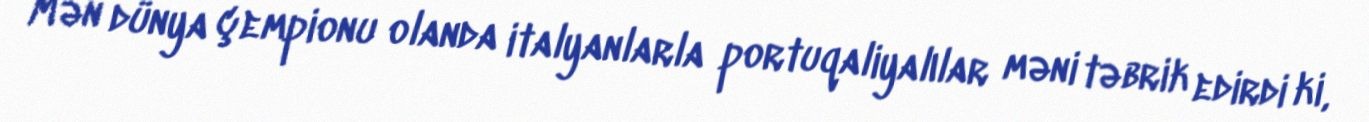
Mən dünya çempionu olanda italyanlarla portuqaliyalılar məni təbrik edirdi ki,